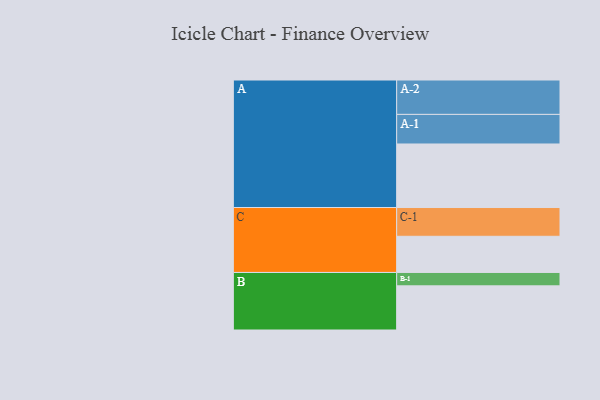
{"axis": {"x": "Segment", "y": "Value"}, "legend": ["", "A", "B", "C"], "data": [{"x": "A", "y": 541, "type": ""}, {"x": "B", "y": 376, "type": ""}, {"x": "C", "y": 308, "type": ""}, {"x": "A-1", "y": 252, "type": "A"}, {"x": "A-2", "y": 293, "type": "A"}, {"x": "B-1", "y": 114, "type": "B"}, {"x": "C-1", "y": 245, "type": "C"}]}